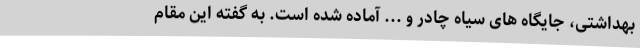
بهداشتی، جایگاه های سیاه چادر و ... آماده شده است. به گفته این مقام